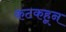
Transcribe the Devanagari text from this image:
कटकहून